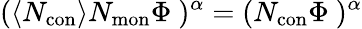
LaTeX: {(\left<N_{\mathrm{con}}\right>N_{\mathrm{mon}}\Phi\ )^{\alpha}=(N_{\mathrm{con}}\Phi\ )^{\alpha}}